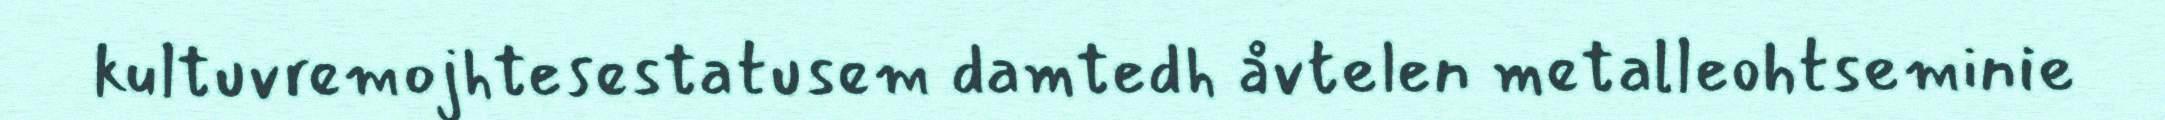
kultuvremojhtesestatusem damtedh åvtelen metalleohtseminie